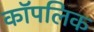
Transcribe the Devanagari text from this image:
कॉपलिक